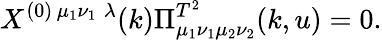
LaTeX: X^{(0)\, \mu_{1}\nu_{1}\; \lambda}(k)\Pi_{\mu_{1}\nu_{1}\mu_{2}\nu_{2}}^{T^{2}}(k,u)=0.